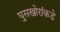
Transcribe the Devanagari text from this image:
घुसखोरांकडे